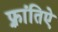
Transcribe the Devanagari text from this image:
फ़्रांतिऐ